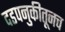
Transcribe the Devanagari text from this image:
दडपनुकीतूनच